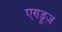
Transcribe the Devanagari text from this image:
एण्ड्रूज़